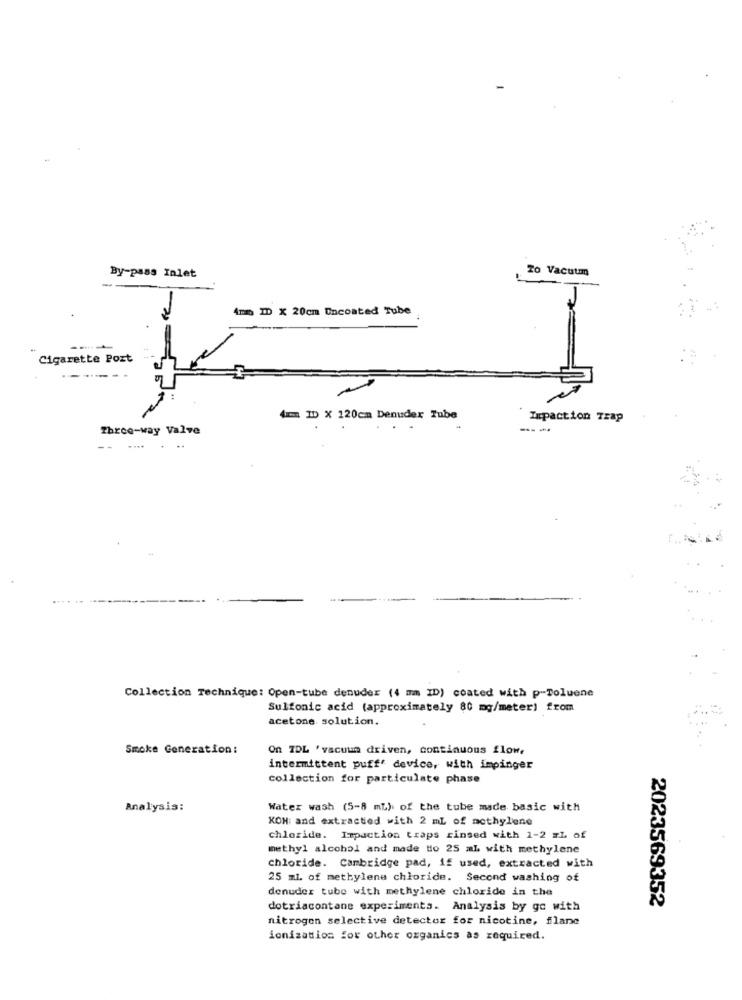
To Vacuum
By-pass Inlet
4mm ID X 20cm Uncoated Tube
Cigarette Post
4mm ID X 120cm Denuder Tube
Impaction Trap
Three-way Valve
---
...... ...
Collection Technique: Open-tube denuder (4 mm ID) coated with p-Toluene
Sulfonic acid (approximately 80 mg/meter) from
acetone solution.
Smoke Generation:
On IDL ' vacuum driven, continuous flow,
intermittent puff' device, with impinger
collection for particulate phase
Analysis:
Water wash (5-8 mL) of the tube made basic with
KOH and extracted with 2 mL of methylene
chloride. Impaction traps rinsed with 1-2 EL of
methyl alcohol and made to 25 ml with methylene
Chloride. Cambridge pad, if used, extracted with
25 ml. of methylene chloride. Second washing of
denuder tube with methylene chloride in the
2023569352
dotriacontane experiments. Analysis by go with
nitrogen selective detector for nicotine, flane
ionization for other organics as required.